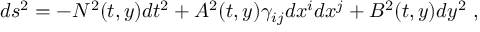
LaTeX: d s ^ { 2 } = - N ^ { 2 } ( t , y ) d t ^ { 2 } + A ^ { 2 } ( t , y ) \gamma _ { i j } d x ^ { i } d x ^ { j } + B ^ { 2 } ( t , y ) d y ^ { 2 } \ ,